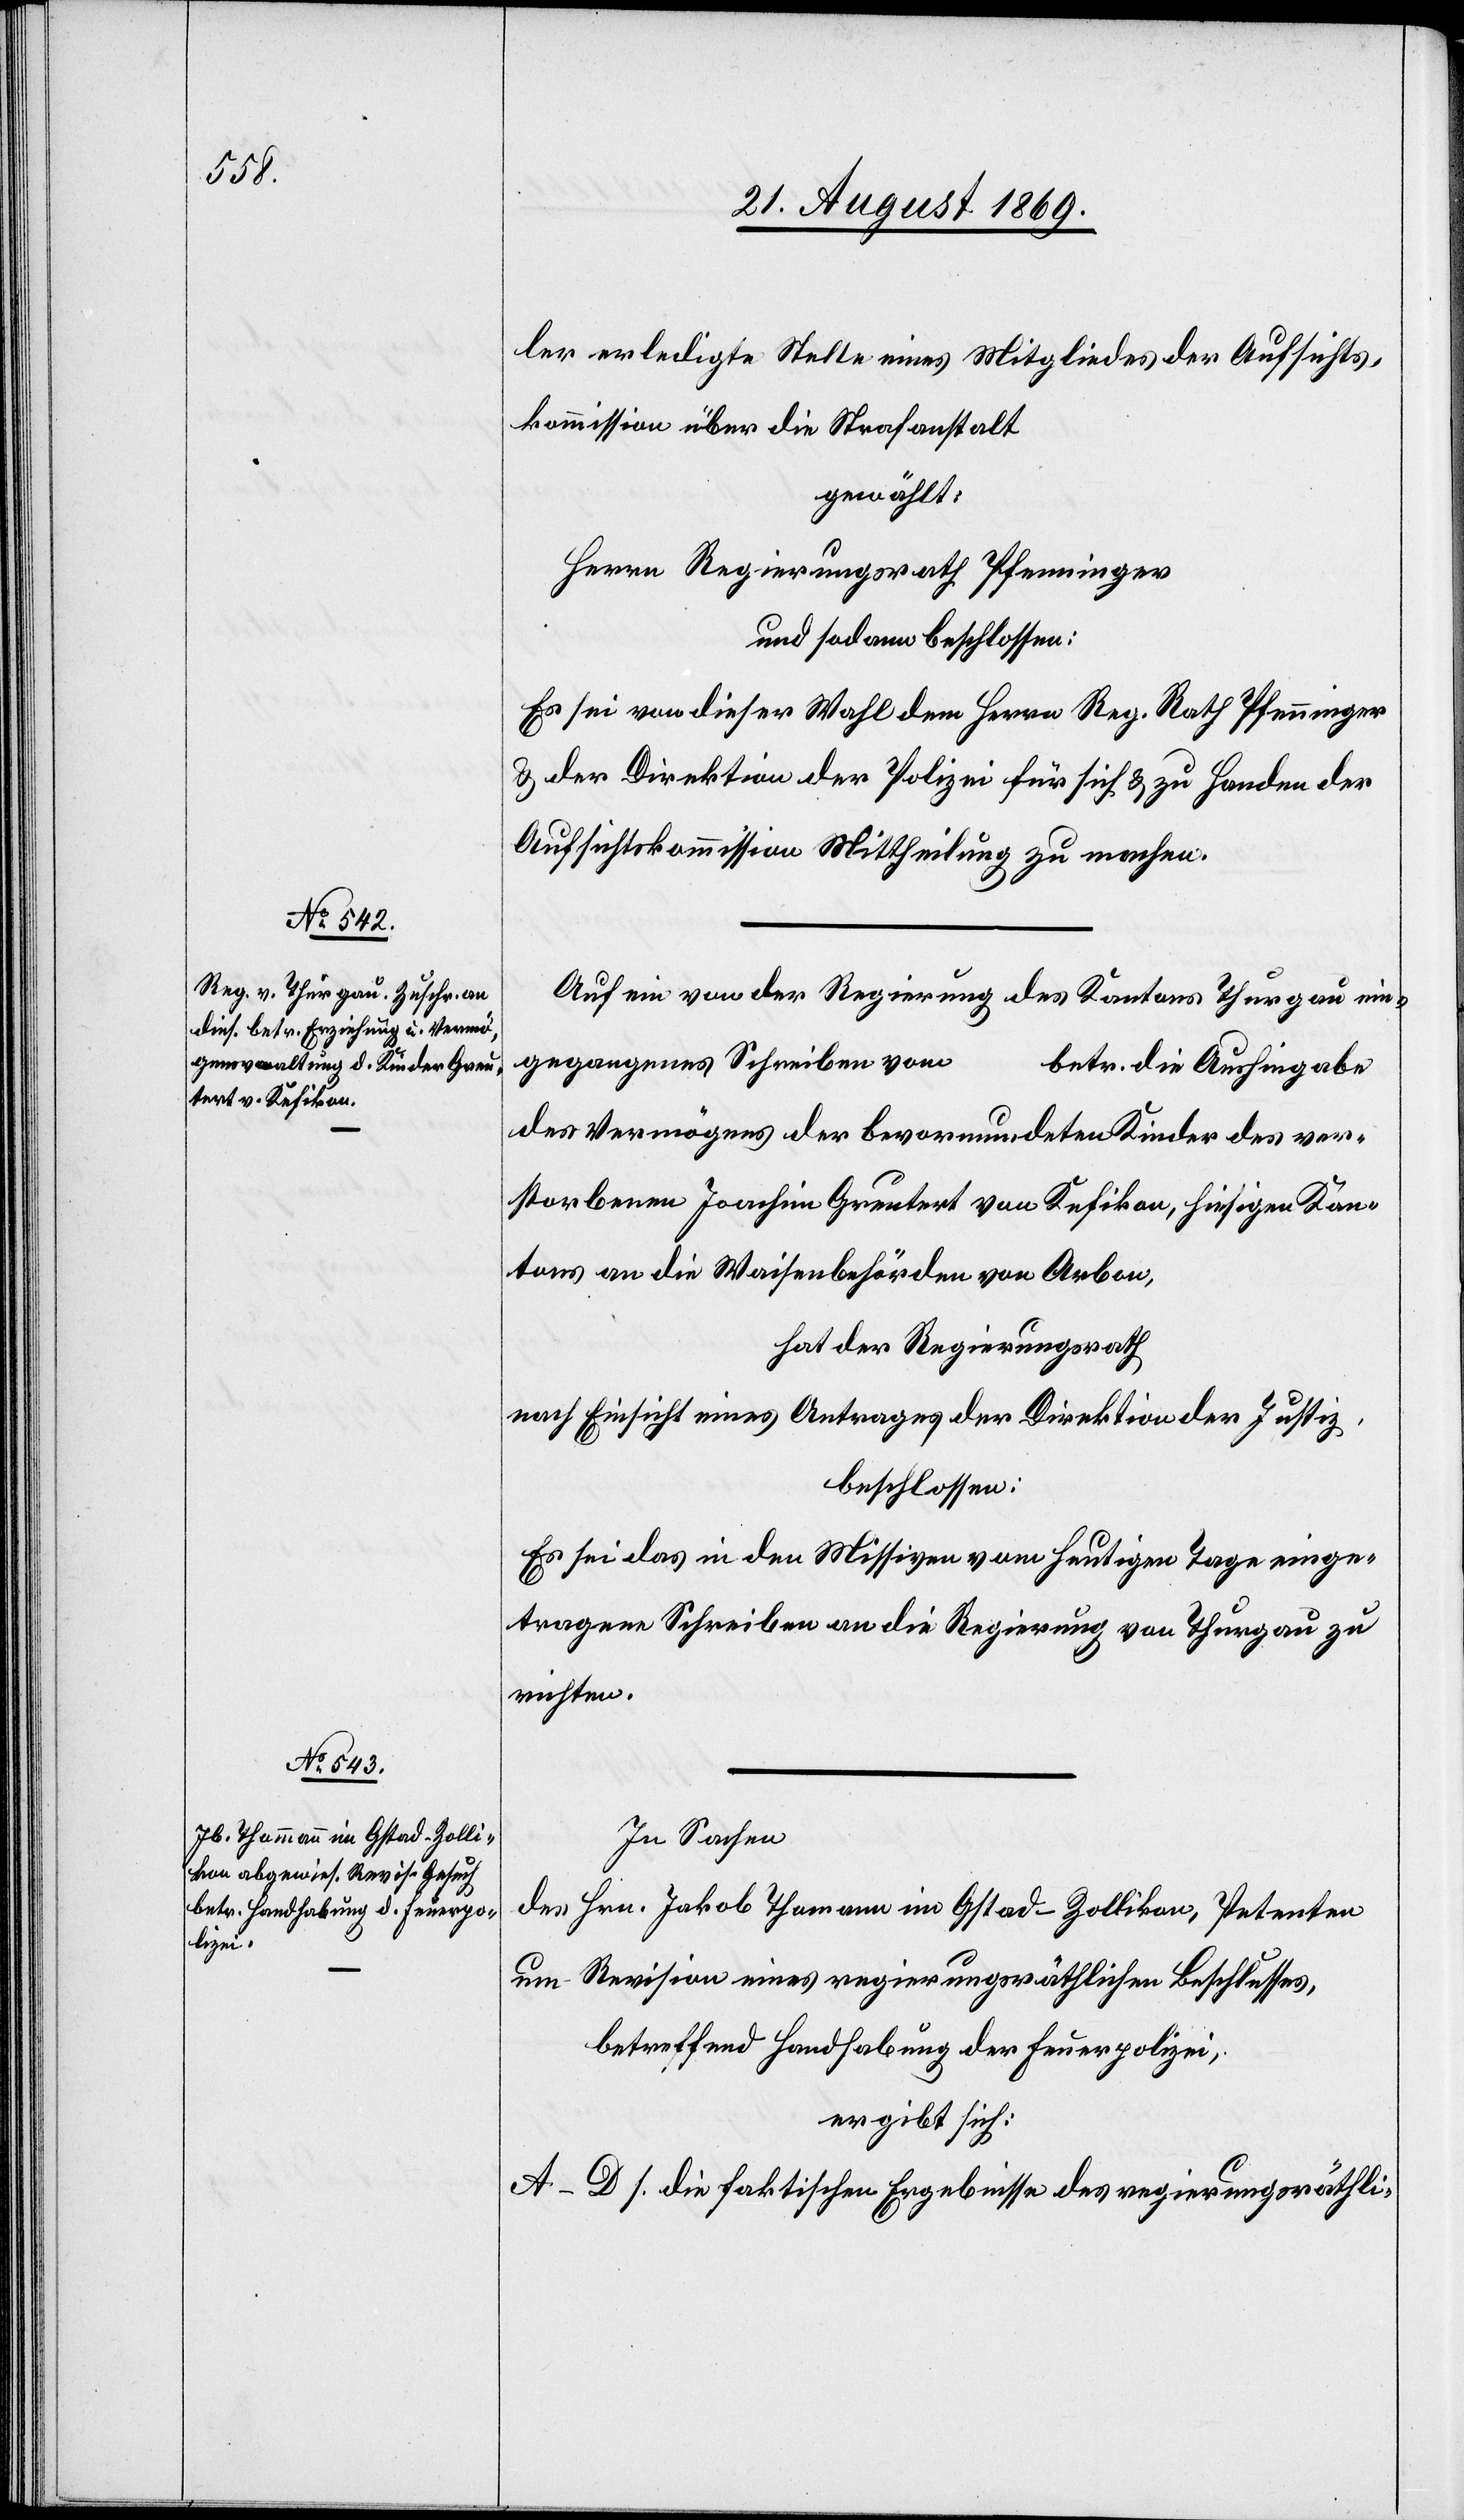
ler erledigte Stelle eines Mitgliedes der Aufsichts¬
kommission über die Strafanstalt
gewählt:
Herrn Regierungsrath Pfenninger
und sodann beschlossen:
Es sei von dieser Wahl dem Herrn Reg. Rath Pfenninger
& der Direktion der Polizei für sich & zu Handen der
Aufsichtskommission Mittheilung zu machen.
Auf ein von der Regierung des Kantons Thurgau ein¬
gegangenes Schreiben vom
betr. die Aushingabe
des Vermögens der bevormundeten Kinder des ver¬
storbenen Joachim Greutert von Kefikon, hiesigen Kan¬
tons an die Waisenbehörden von Arbon,
hat der Regierungsrath
nach Einsicht eines Antrages der Direktion der Justiz,
beschlossen:
Es sei das in den Missiven vom heutigen Tage einge¬
tragene Schreiben an die Regierung von Thurgau zu
richten.
In Sachen
des Hrn. Jakob Thomann [sic!] im Gstad - Zollikon, Petenten
um Revision eines regierungsräthlichen Beschlusses,
betreffend Handhabung der Feuerpolizei,
ergibt sich:
A–D s. die faktischen Ergebnisse des regierungsräthli-